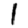
Digit: 1